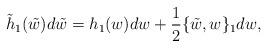
LaTeX: \begin{align*}\tilde{h}_1(\tilde{w}) d\tilde{w}= h_1 (w)dw +\frac{1}{2} \{\tilde{w}, w\}_1 dw,\end{align*}